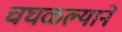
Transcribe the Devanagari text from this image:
चघळल्याने